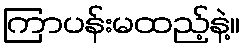
ကြာပန်းမထည့်နဲ့။